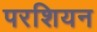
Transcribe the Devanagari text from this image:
परशियन